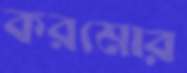
করমোর